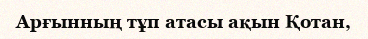
Арғынның тұп атасы ақын Қотан,